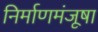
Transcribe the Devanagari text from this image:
निर्माणमंजूषा